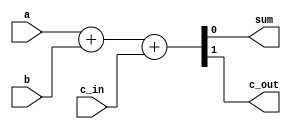
//This is the behavioural definition of a 1-bit fulladder
module full_adder_behavioural(output sum, 
                              output c_out, 
                              input a, 
                              input b,
                              input c_in);
   
 wire [1:0] y;
 assign y = a + b + c_in;
 assign sum = y[0];
 assign c_out = y[1];
endmodule